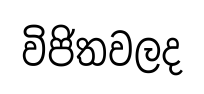
විජිතවලද